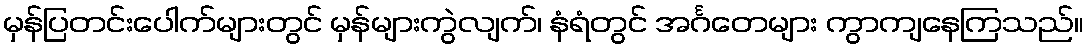
မှန်ပြတင်းပေါက်များတွင် မှန်များကွဲလျက်၊ နံရံတွင် အင်္ဂတေများ ကွာကျနေကြသည်။